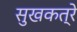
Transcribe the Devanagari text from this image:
सुखकत्रे